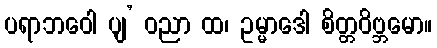
ပရာဘဝေါ ပျ’ ဝညာ ထ၊ ဥမ္မာဒေါ စိတ္တဝိဗ္ဘမော။